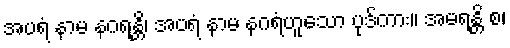
အပရံ နာမ နဂရန္တိ၊ အပရံ နာမ နဂရံဟူသော ပုဒ်ကား။ အမရန္တိ စ၊